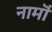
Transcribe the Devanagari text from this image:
नामॊं